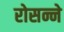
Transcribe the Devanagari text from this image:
रोसन्ने